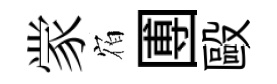
䝉𪧐圑毆